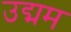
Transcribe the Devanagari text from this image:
उद्मम